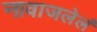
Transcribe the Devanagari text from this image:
नावाजलेलं